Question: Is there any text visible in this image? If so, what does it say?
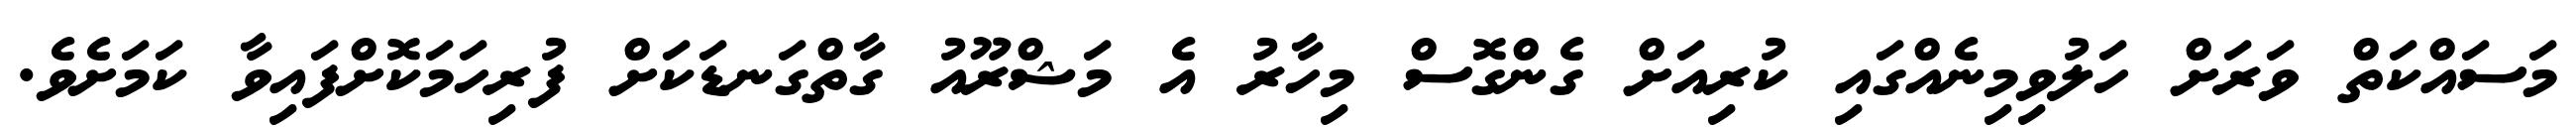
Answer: މަސައްކަތް ވަރަށް ހަލުވިމިނެއްގައި ކުރިއަށް ގެންގޮސް މިހާރު އެ މަޝްރޫއު ގާތްގަނޑަކަށް ފުރިހަމަކޮށްފައިވާ ކަމަށެވެ.